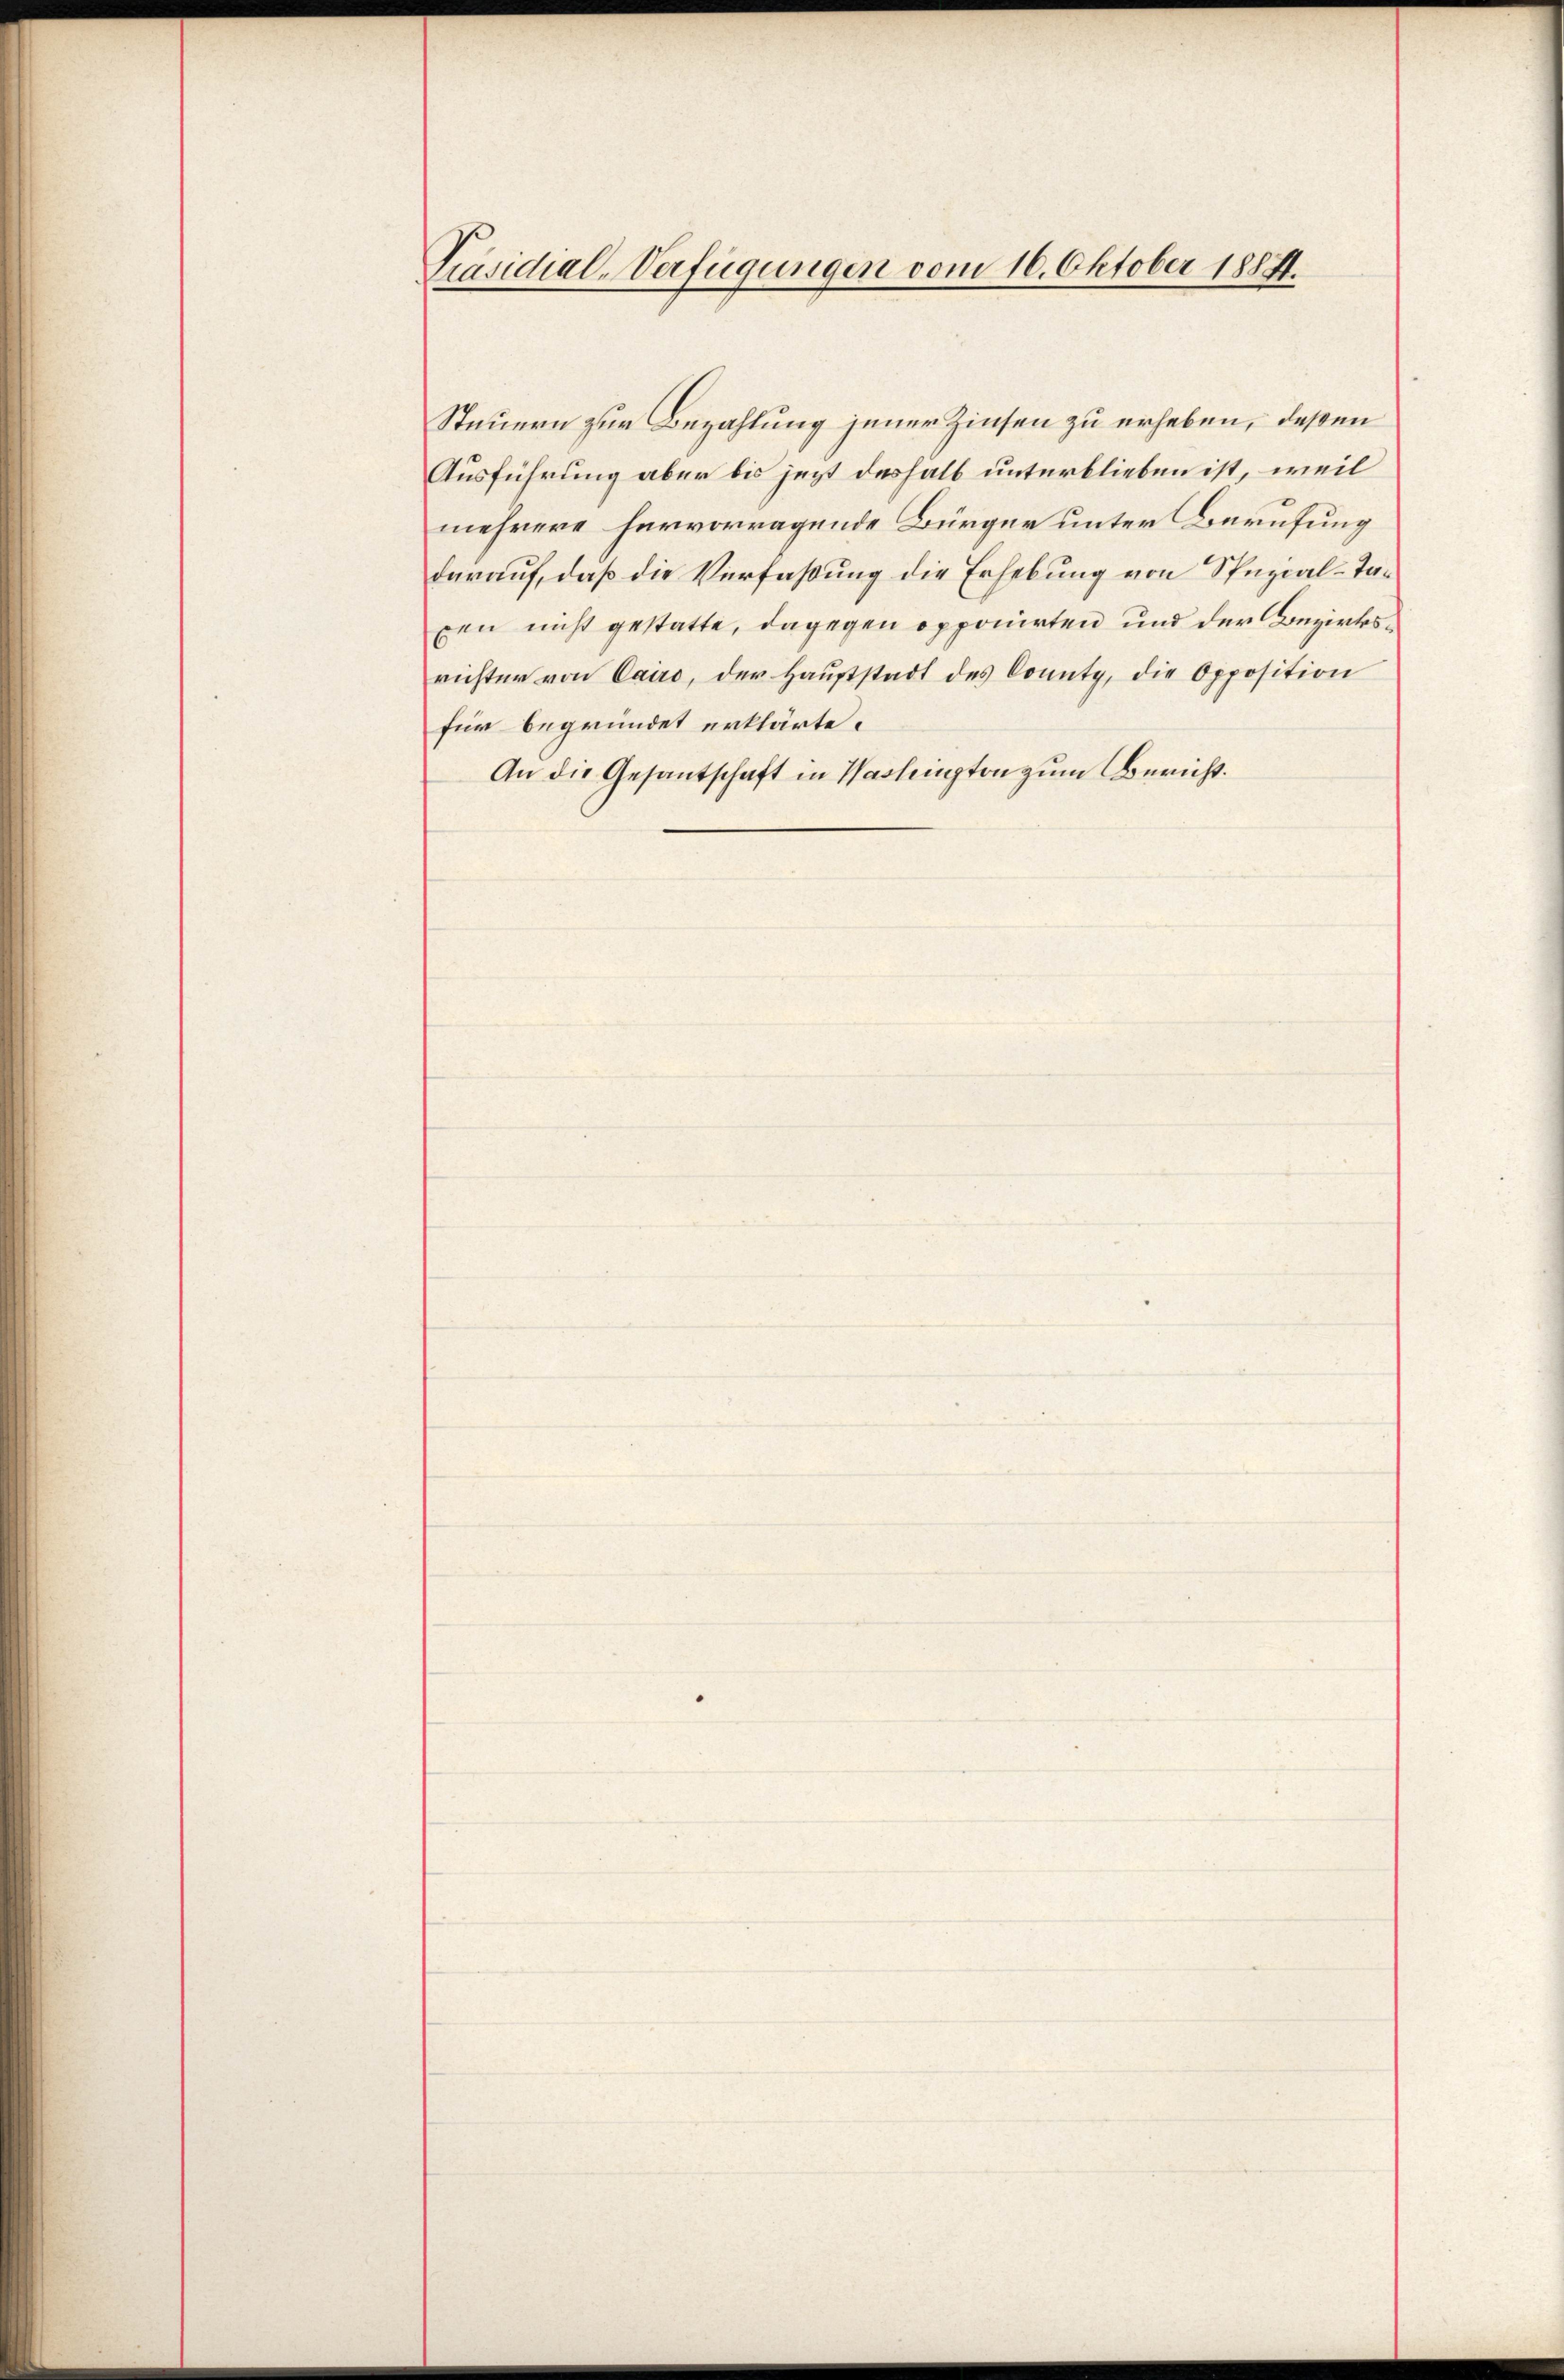
Präsidial-Verfügungen vom 16. Oktober 1884.

Steuern zur Bezahlung jener Zinsen zu erheben, deßen
Ausführung aber bis jezt deshalb unterblieben ist, weil
mehrere hervorragende Bürger unter Berufung
darauf, daß die Verfaßung die Erhebung von Spezial-Taxen nicht gestatte, dagegen opponirten und der Bezirksrichter von Cairo, der Hauptstadt des Connte, die Opposition
für begründet erklärte.
An die Gesantschaft in Washington zum Bericht.